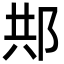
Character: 䢼